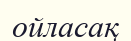
ойласақ